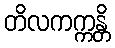
တိလကက္ကန္တိ